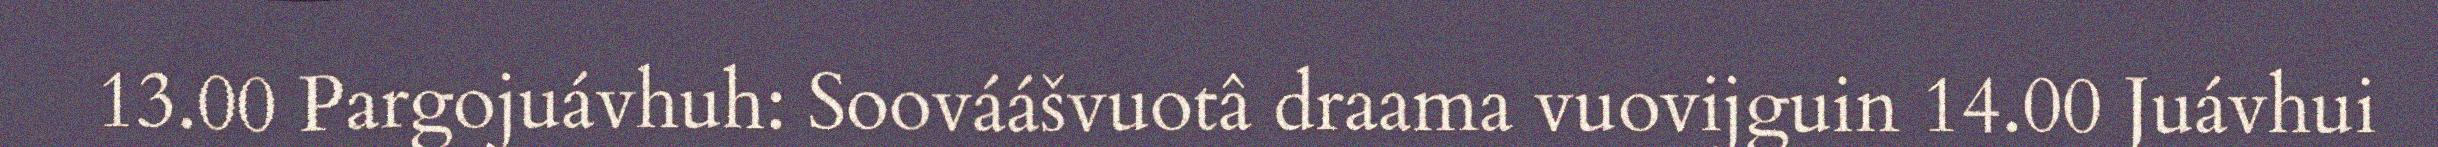
13.00 Pargojuávhuh: Soováášvuotâ draama vuovijguin 14.00 Juávhui